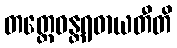
တတ္ထေဝန္တရဓာယတီတိ